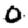
Digit: 0